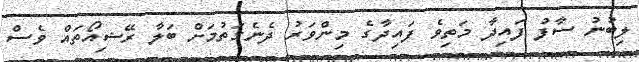
ލިބުނު ސާފު ފައިދާ މަތިވެ ފައިދާގެ މިންވަރު ދެނެގަތުމަށް ބަލާ ރޭޝިއޯތައް ވެސް